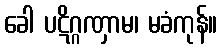
ခေါ ပဋိဂ္ဂဏှာမ၊ မခံကုန်။